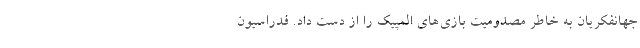
جهانفکریان به خاطر مصدومیت بازی‌های المپیک را از دست داد. فدراسیون